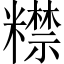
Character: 𥽍